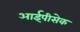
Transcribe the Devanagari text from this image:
आईपीसेक